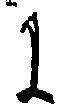
に